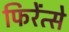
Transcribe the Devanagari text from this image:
फिरेंत्से